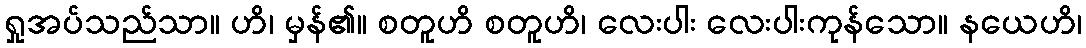
ရှုအပ်သည်သာ။ ဟိ၊ မှန်၏။ စတူဟိ စတူဟိ၊ လေးပါး လေးပါးကုန်သော။ နယေဟိ၊